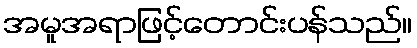
အမူအရာဖြင့်တောင်းပန်သည်။